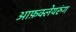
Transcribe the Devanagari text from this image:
आफ़क्लेयरुंग